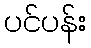
ပင်ပန်း